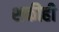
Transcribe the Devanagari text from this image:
शक्तीही